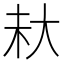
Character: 𪥊